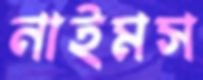
নাইমস